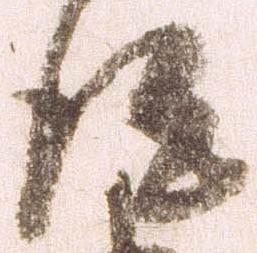
得